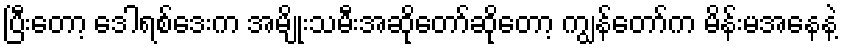
ပြီးတော့ ဒေါရစ်ဒေးက အမျိုးသမီးအဆိုတော်ဆိုတော့ ကျွန်တော်က မိန်းမအနေနဲ့